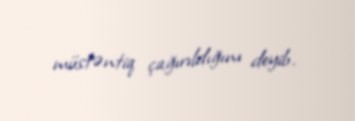
müstəntiq çağırıldığını deyib.